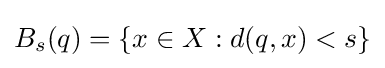
B_{s}(q)=\{x\in X:d(q,x)<s\}